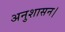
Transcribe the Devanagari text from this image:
अनुशासन।